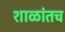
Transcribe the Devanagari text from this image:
शाळांतच